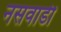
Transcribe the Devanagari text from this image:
नसवाडी